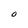
Character: O